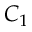
C _ { 1 }